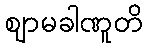
ဈာမခါဏူတိ